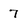
Character: 7